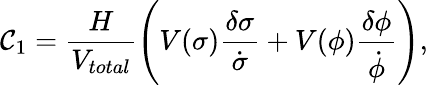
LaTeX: \mathcal{C}_{1}=\frac{{H}}{{V_{total}}}\left(V(\sigma)\frac{{\delta\sigma}}{{\dot{{\sigma}}}}+V(\phi)\frac{{\delta\phi}}{{\dot{{\phi}}}}\right),